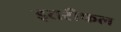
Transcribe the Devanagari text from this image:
इतरीफल